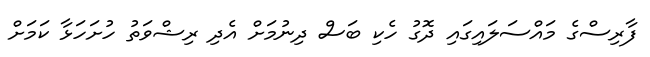
ފާރިސްގެ މައްސަލައިގައި ދޮގު ހެކި ބަސް ދިނުމަށް އެދި ރިޝްވަތު ހުށަހަޅާ ކަމަށް